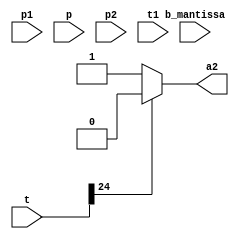
module simple_division(a2,t,p1,p,p2,t1,b_mantissa);
input [24:0] t,p,p1,p2,t1;
input [22:0] b_mantissa;
output a2;
//we call this module 25 times
//if msb bit of t is o we assign 1 to a2 else 0
assign a2=(t[24]==1'b0)? 1:0;
//if msb bit of t is 0 we assign t tp 0 else p will remani as it is
assign p1 = (t[24]==1'b0)? t:p;
assign p2={p1[23:0],1'b0};
 assign t1=p2-{2'b01,b_mantissa};
 endmodule